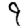
Digit: 9